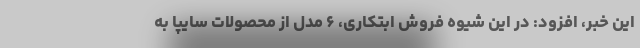
این خبر، افزود: در این شیوه فروش ابتکاری، ۶ مدل از محصولات سایپا به